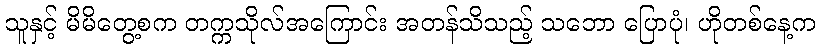
သူနှင့် မိမိတွေ့စက တက္ကသိုလ်အကြောင်း အတန်သိသည့် သဘော ပြောပုံ၊ ဟိုတစ်နေ့က